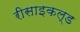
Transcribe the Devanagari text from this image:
रीसाइकल्ड